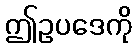
ဤဥပဒေကို